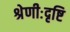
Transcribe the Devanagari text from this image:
श्रेणीःदृष्टि